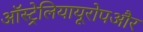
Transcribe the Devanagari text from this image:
ऑस्ट्रेलियायूरोपऔर